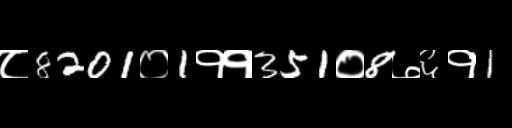
Text: ८8201०1११351०8७६१1